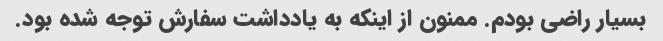
بسیار راضی بودم. ممنون از اینکه به یادداشت سفارش توجه شده بود.